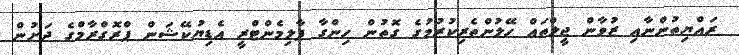
ރައްޔިތުންނާއި ޒުވާން ޖީލްތައް ހޭލުންތެރިކުރުމުގެ ގޮތުން ހިންގާ ޕާލިމެންޓްރީ އެޑިޔުކޭޝަން ޕްރޮގްރާމްގެ ދަށުން